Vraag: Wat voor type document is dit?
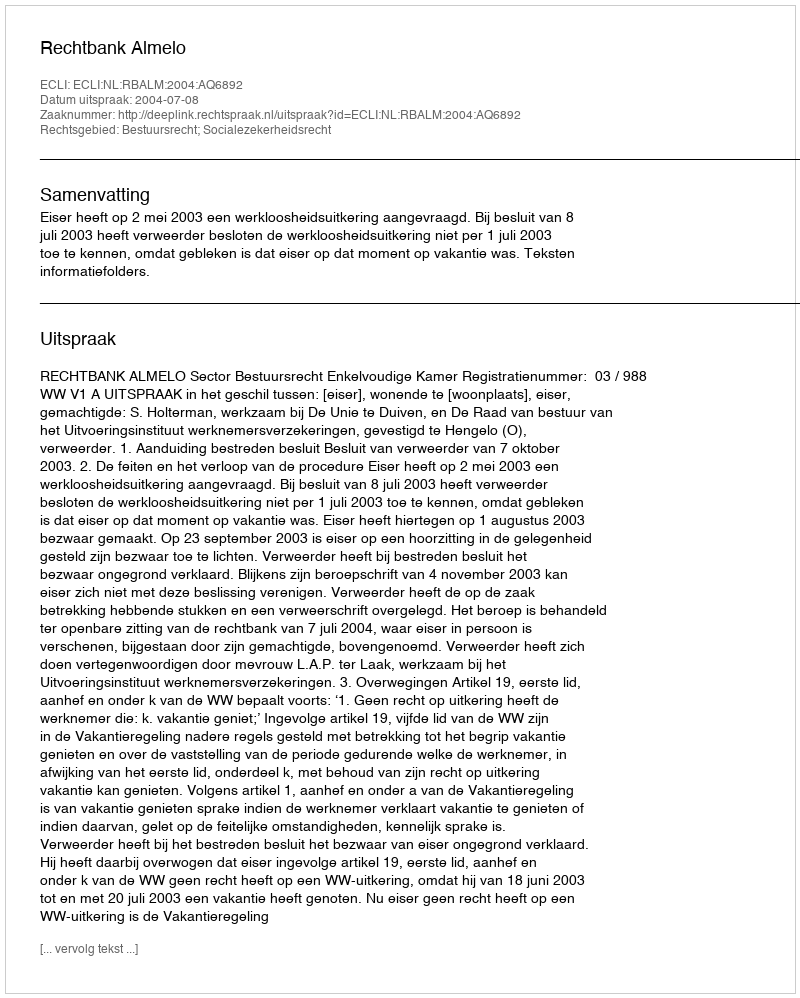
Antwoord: Uitspraak